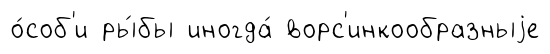
о́соб'и ры́бы иногда́ ворс'инкообразныjе